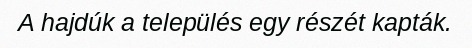
A hajdúk a település egy részét kapták.